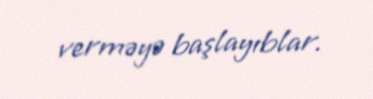
verməyə başlayıblar.